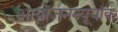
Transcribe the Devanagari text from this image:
आयोजनन्यूयॉर्क